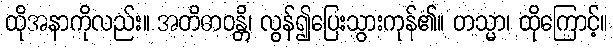
ထိုအနာကိုလည်း။ အတိဓာဝန္တိ၊ လွန်၍ပြေးသွားကုန်၏။ တသ္မာ၊ ထိုကြောင့်။